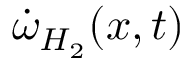
\dot { \omega } _ { H _ { 2 } } ( \boldsymbol { x } , t )